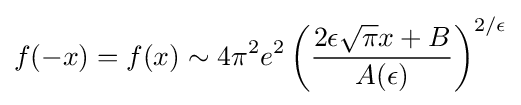
f(-x)=f(x)\sim 4\pi ^{2}e^{2}\left({\frac {2\epsilon {\sqrt {\pi }}x+B}{A(\epsilon )}}\right)^{2/\epsilon }